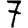
Digit: 7